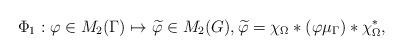
LaTeX: \begin{align*}\Phi_1: \varphi\in M_2 (\Gamma)\mapsto \widetilde{\varphi}\in M_2(G),\widetilde{\varphi} = \chi_{\Omega}*(\varphi \mu_\Gamma)*\chi_{\Omega}^*,\end{align*}